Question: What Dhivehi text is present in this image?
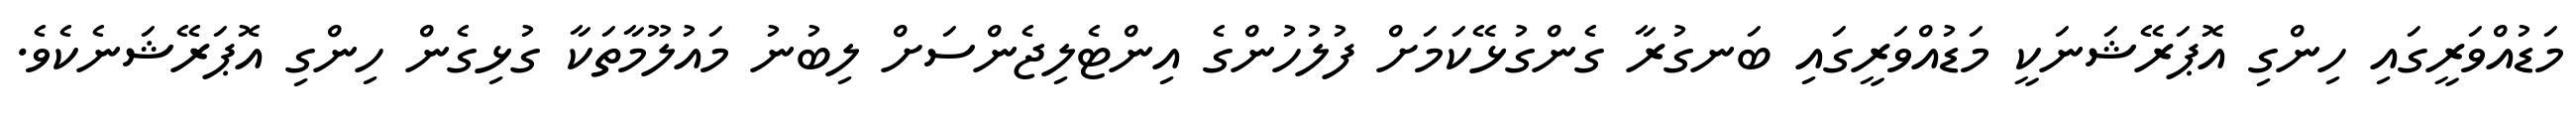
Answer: މަޑުއްވަރީގައި ހިންގި އޮޕަރޭޝަނަކީ މަޑުއްވަރީގައި ބަނގުރާ ގެންގުޅޭކަމަށް ފުލުހުންގެ އިންޓެލިޖެންސަށް ލިބުނު މައުލޫމާތަކާ ގުޅިގެން ހިންގި އޮޕަރޭޝަނެކެވެ.